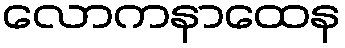
လောကနာထေန